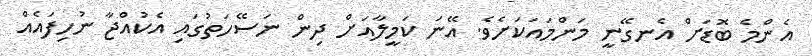
އެންމެ ބޮޑަށް އެނގޭނީ މަންމައަކަށެވެ. އޭނަ ކަމީލާއަށް ދިން ނަސޭހަތުގައި އެކުއްޖާ ނުހިފައެއް